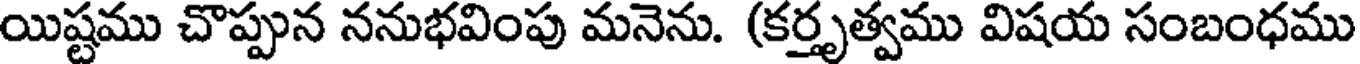
యిష్టము చొప్పున ననుభవింపు మనెను. (కర్తృత్వము విషయ సంబంధము